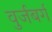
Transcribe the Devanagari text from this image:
वुर्जबर्ग